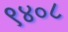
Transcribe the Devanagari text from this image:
९४०८